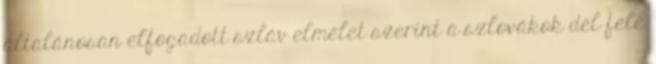
általánosan elfogadott szláv elmélet szerint a szlovákok dél felé